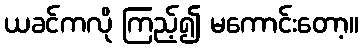
ယခင်ကလို ကြည့်၍ မကောင်းတော့။